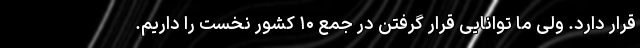
قرار دارد. ولی ما توانایی قرار گرفتن در جمع ۱۰ کشور نخست را داریم.